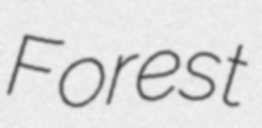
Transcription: Forest